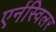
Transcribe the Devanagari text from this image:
एर्नस्विलर